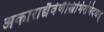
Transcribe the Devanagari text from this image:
अकाराद्यैर्वर्णैस्त्रिभिरभिदधत्